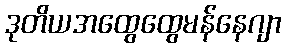
ဒုတိယအထွေထွေမန်နေဂျာ